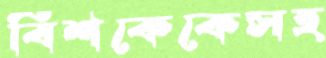
বিশকেকেসহ